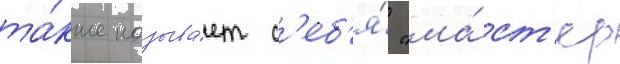
та́кже называ́ет с'еб'я́ "ма́ст'ер